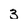
Character: 3